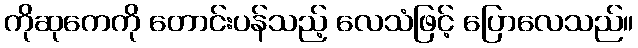
ကိုဆုကေကို တောင်းပန်သည့် လေသံဖြင့် ပြောလေသည်။